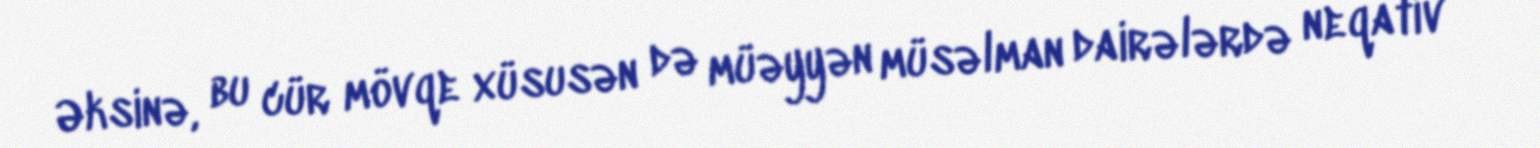
Əksinə, bu cür mövqe xüsusən də müəyyən müsəlman dairələrdə neqativ